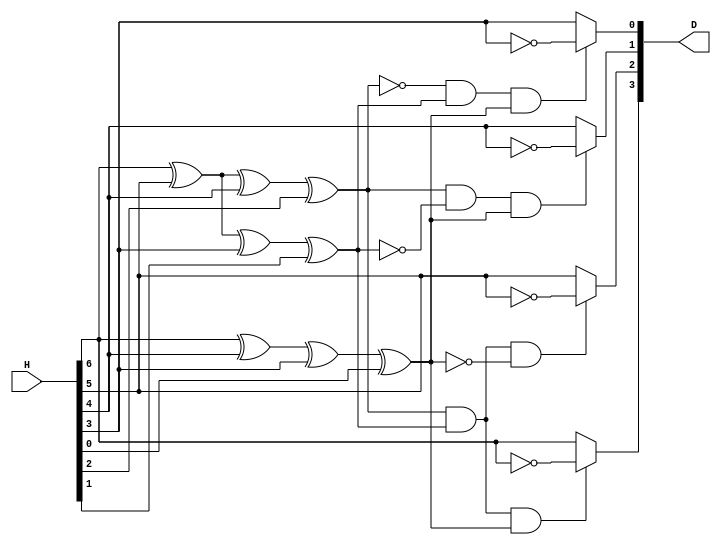
module NewHammingDecoder(H, D);
	input [6:0] H;
	output [3:0] D;
	assign D[3] = (H[6]^H[5]^H[4]^H[2])&(H[6]^H[5]^H[3]^H[1])&(H[6]^H[4]^H[3]^H[0])  ? ~H[6] : H[6];
	assign D[2] = (H[6]^H[5]^H[4]^H[2])&(H[6]^H[5]^H[3]^H[1])&!(H[6]^H[4]^H[3]^H[0]) ? ~H[5] : H[5];
	assign D[1] = (H[6]^H[5]^H[4]^H[2])&!(H[6]^H[5]^H[3]^H[1])&(H[6]^H[4]^H[3]^H[0]) ? ~H[4] : H[4];
	assign D[0] = !(H[6]^H[5]^H[4]^H[2])&(H[6]^H[5]^H[3]^H[1])&(H[6]^H[4]^H[3]^H[0]) ? ~H[3] : H[3];
endmodule